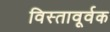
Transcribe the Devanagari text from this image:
विस्तावूर्वक